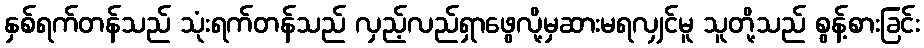
နှစ်ရက်တန်သည် သုံးရက်တန်သည် လှည့်လည်ရှာဖွေလို့မှဆားမရလျှင်မူ သူတို့သည် စွန့်စားခြင်း